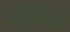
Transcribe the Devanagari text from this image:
सोर्पेच्या